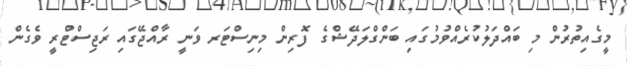
މީގެއިތުރުން މި ބައްދަލުކުރެއްވުމުގައި ބަންގްލަދޭޝްގެ ފޮރިން މިނިސްޓަރ ވަނީ ރާއްޖޭގައި ރަޖިސްޓްރީ ވެގެން